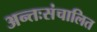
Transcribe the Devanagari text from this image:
अन्तःसंचालित